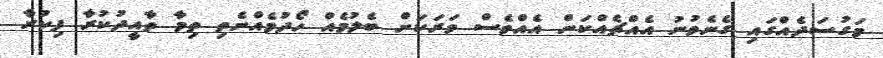
މަގުސަދެއްގައި ގެނެވުނު އެއްޗެއްކަން އެއްވެސް ވަރަކަށް ބެލުމެއް ހޯދުމެއްނެތި ތިމާ ތާއީދުކުރާ ފިކުރާ